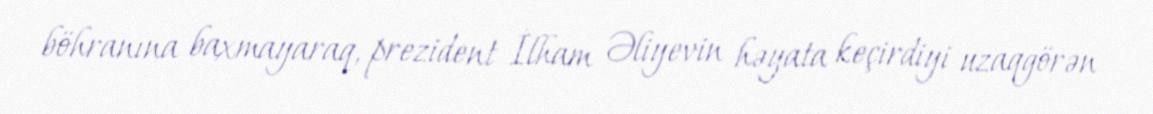
böhranına baxmayaraq, prezident İlham Əliyevin həyata keçirdiyi uzaqgörən